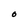
Character: O